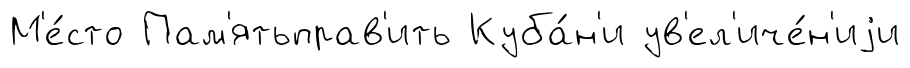
М'е́сто Пам'ятьправ'ить Куба́н'и ув'ел'иче́н'иjи